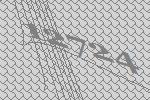
12724